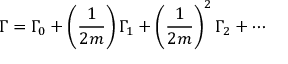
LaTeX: \Gamma = \Gamma _ { 0 } + \left( \frac { 1 } { 2 m } \right) \Gamma _ { 1 } + \left( \frac { 1 } { 2 m } \right) ^ { 2 } \Gamma _ { 2 } + \cdots